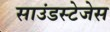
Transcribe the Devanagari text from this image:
साउंडस्टेजेस